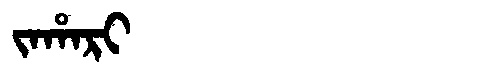
Manchu: ᠵᠠᡥᠠᡵᡳ
Romanization: JAHARI